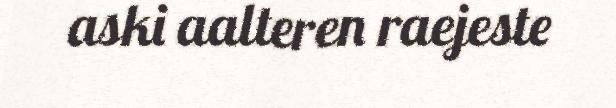
aski aalteren raejeste